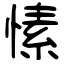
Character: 愫